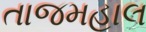
તાજમહાલ